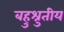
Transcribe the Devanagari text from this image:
बहुश्रुतीय